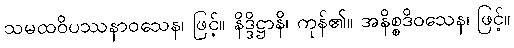
သမထဝိပဿနာဝသေန၊ ဖြင့်။ နိဒ္ဒိဋ္ဌာနိ၊ ကုန်၏။ အနိစ္စဒိဝသေန၊ ဖြင့်။